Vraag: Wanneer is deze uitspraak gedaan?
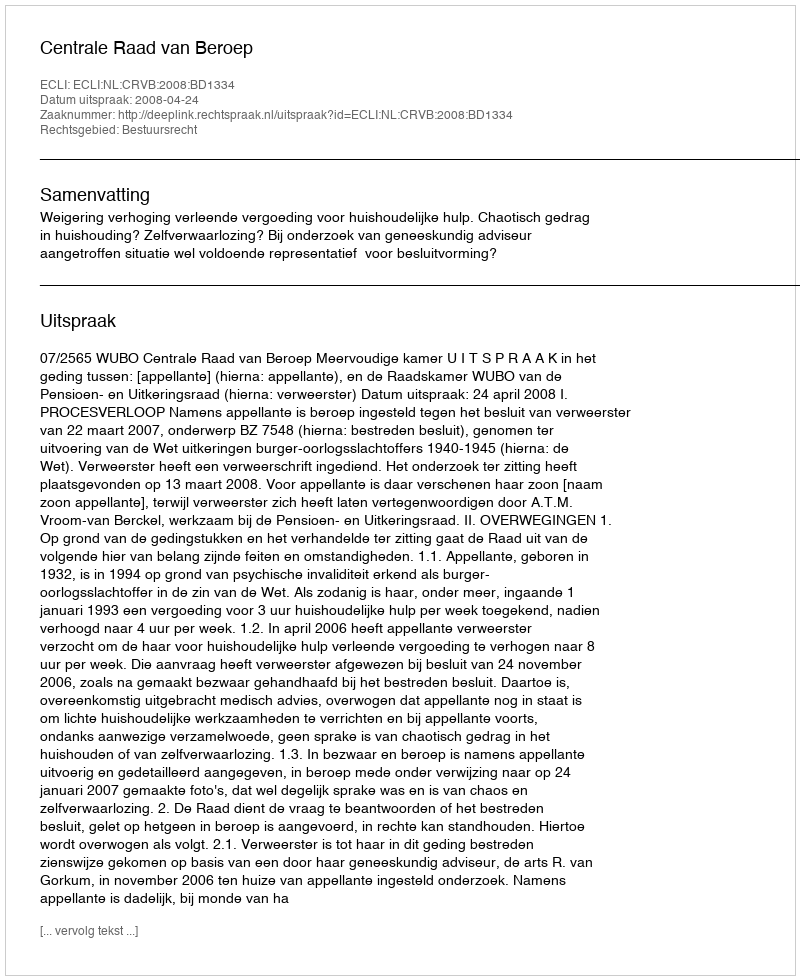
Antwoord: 2008-04-24